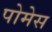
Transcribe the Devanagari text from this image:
पोमेस